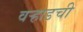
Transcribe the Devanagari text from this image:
वर्‍हाडची